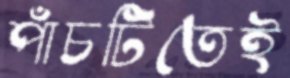
পাঁচটিতেই